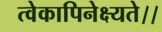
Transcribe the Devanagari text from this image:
त्वेकापिनेक्ष्यते।।